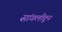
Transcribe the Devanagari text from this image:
सांगलीतून